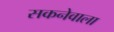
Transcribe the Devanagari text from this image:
सकनेवाला